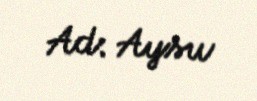
Ad: Aysu